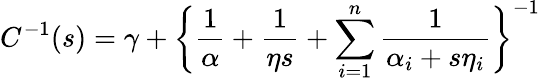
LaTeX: C^{-1}(s)=\gamma+\bigg\{ \frac{1}{\alpha}+\frac{1}{\eta s}+\sum_{i=1}^{n}\frac{1}{\alpha_{i}+s\eta_{i}}\bigg\} ^{-1}